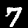
Label: 7